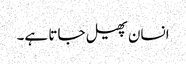
انسان پھیل جاتا ہے۔